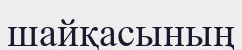
шайқасының